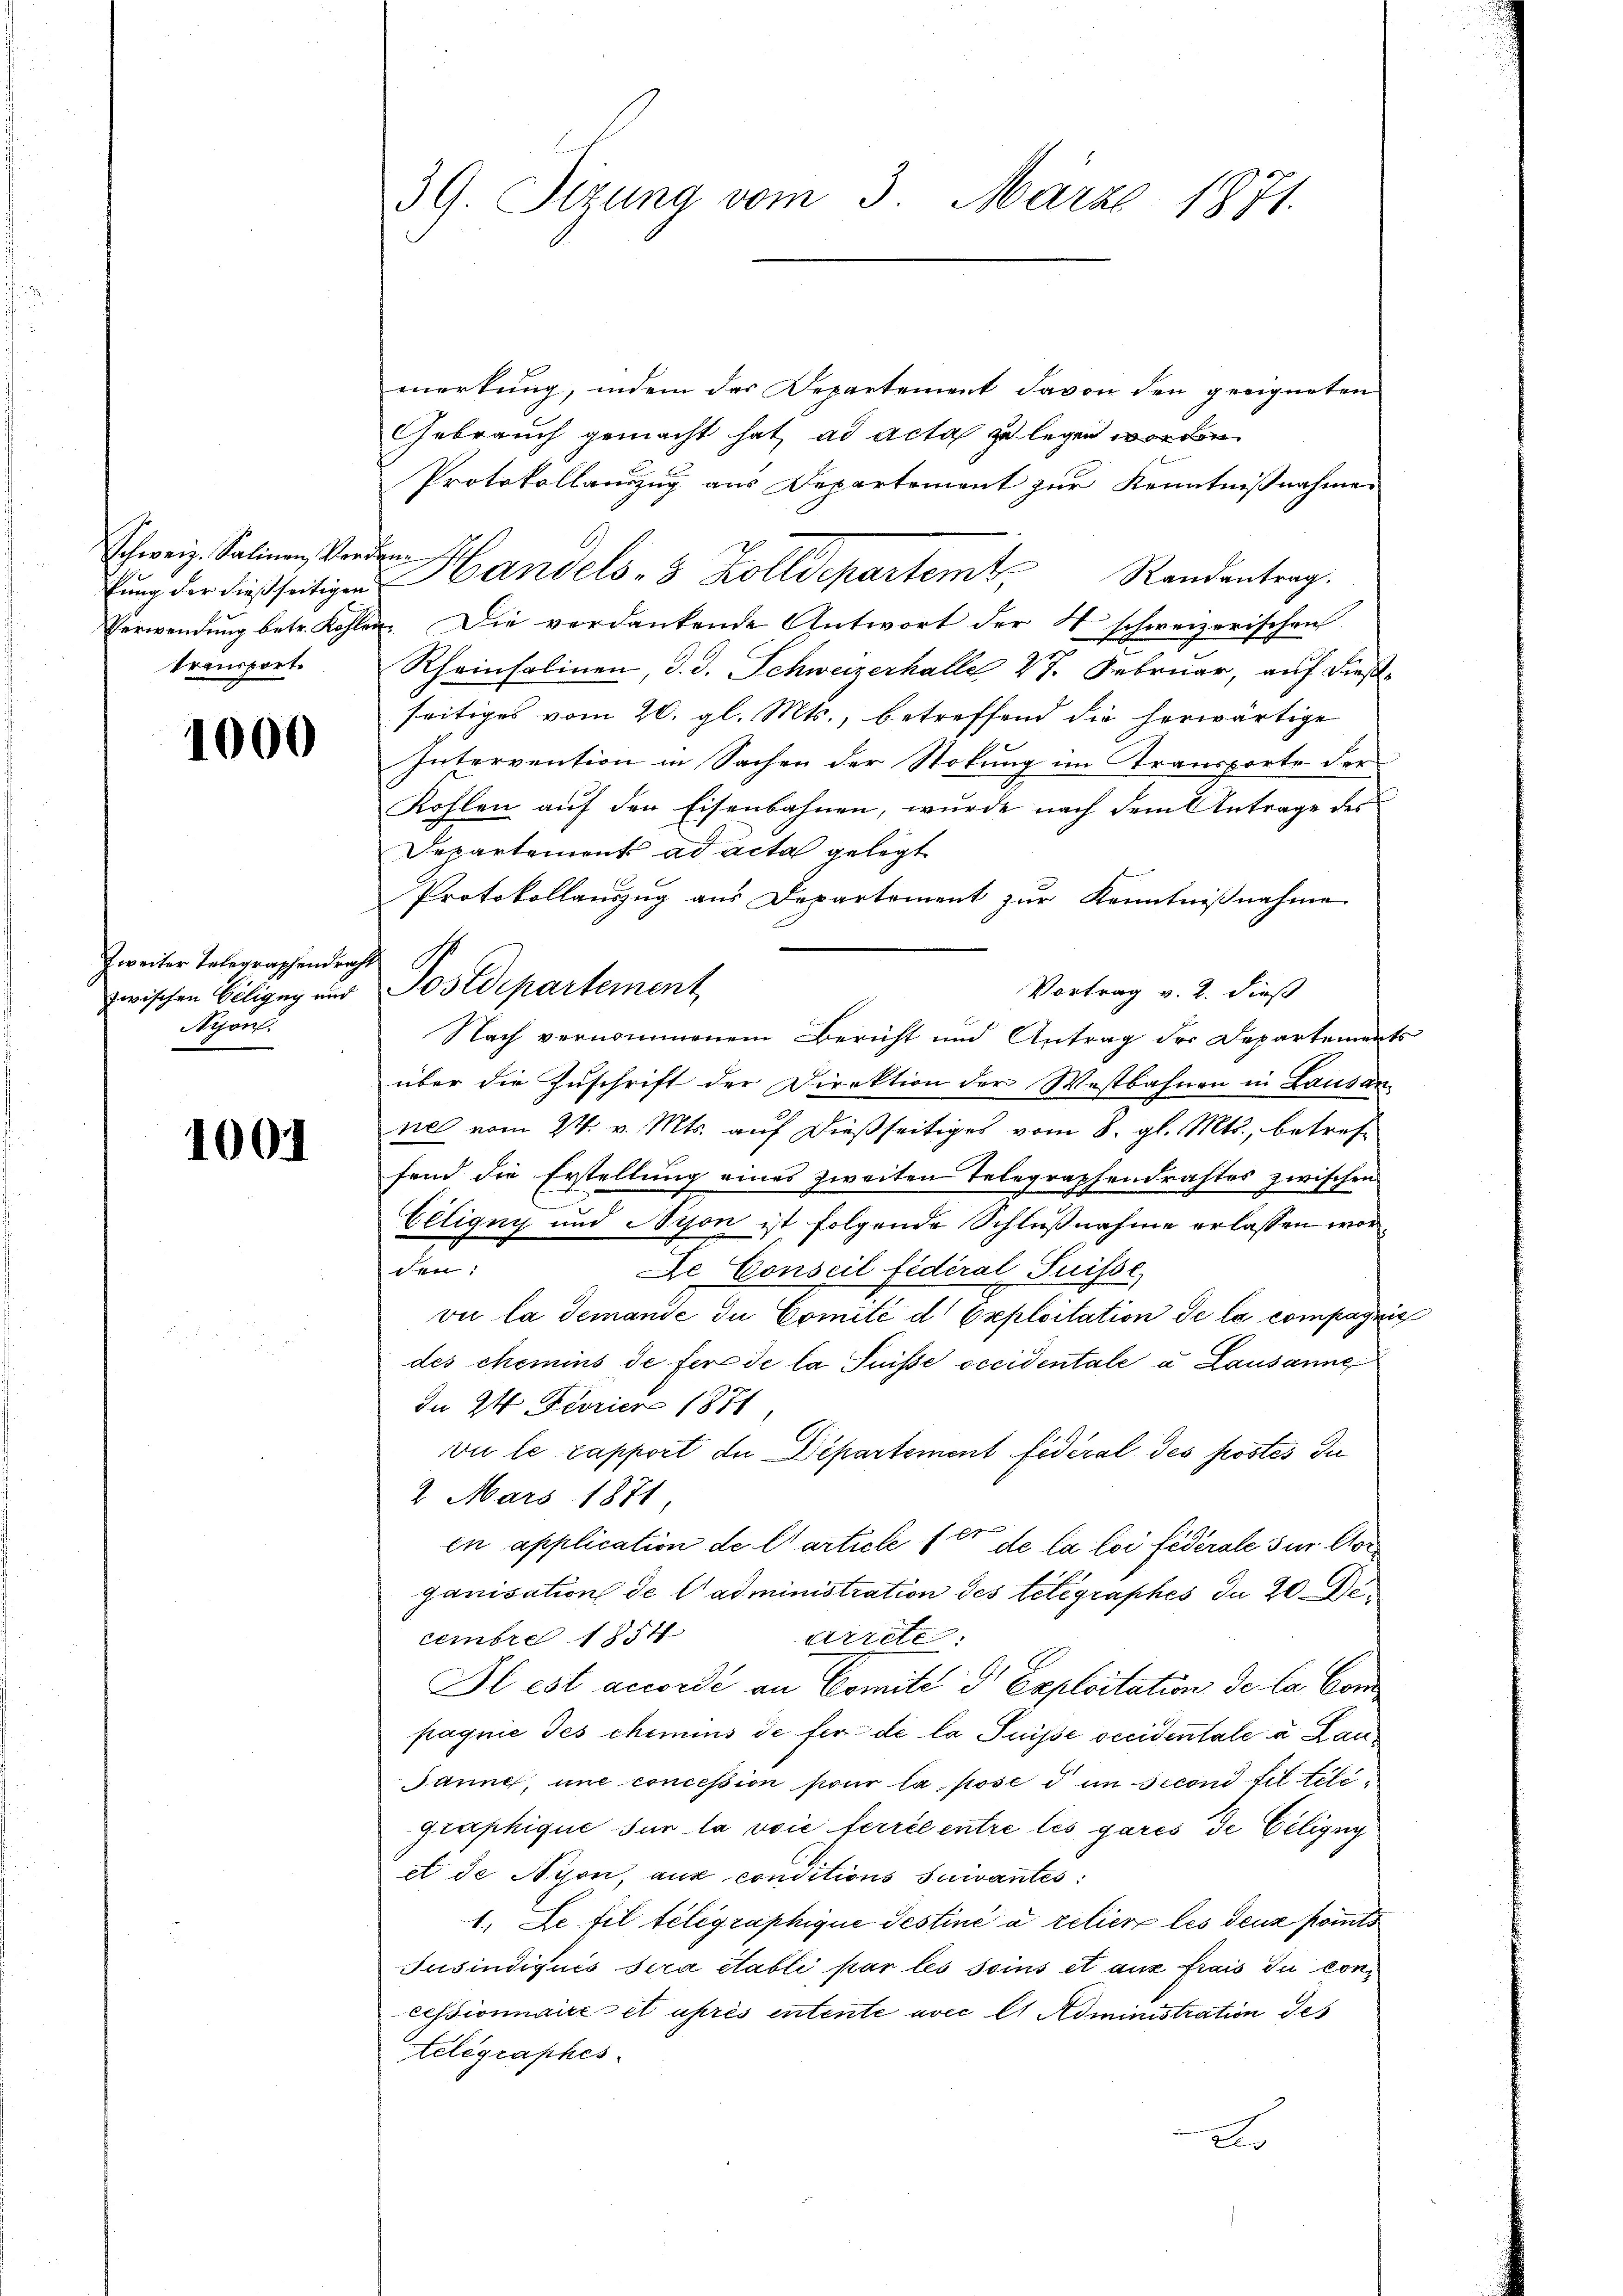
Schweiz. Salinen, Ver
kung der dießseitigen
transport

¬

1000

Zweiter Telegraphendra
zwischen Ciligug und
Nyon.

1001

39. Sizung vom 3. März 1871.

merkung, indem das Departement davon den geeigneten
Gebrauch gemacht hat, ad acta zu legen worden.
Protokollauszug aus Departement zur Kenntnißnahmen
Dr. Handels 3 Zolldepartemb. Randantrag.
Verwendung betr. Kohlen. Die verdankende Antwort der S. schweizerischen
Rheinsalinen, d. d. Schweizerhalle 47. Februar, auf dieß-
seitiges vom 20. gl. Mts., betreffend die herwärtige
Intervention in Sachen der Stokung im Transporte der
Kohlen auf den Eisenbahnen, wurde nach dem Antrage des
Departement ad acta gelegt
Protokollauszug aus Departement zur Kenntnißnahme
A
Postdepartement,
Vortrag v. 2. dieß
Nach vernommenem Bericht und Antrag der Departements
über die Zuschrift der Direktion der Westbahnen in Lausan
ne vom 24. v. Mts. auf dießseitiges vom 8. gl. Mts., betreffend die Erstellung eines zweiten Telegraphendrahtes zwischen
f
Eeligny und Nison ist folgende Schlußnahme erlassen worden:
De Conseil fédéral Suisse,
vie la demande du Comité d Exploitation de la compagnie
des chemins de fera de la Suisse occidentale a Lausanne
In 24. Ferier 1871,
vie le rapport die Departement fédéral des postés du
2. Mars 1871
en application de l’article 1er de la loi fédérale zur Arganisation de l’administration des telegraphes da 20. Di
cembre 1814
arrete.
Il est accordé an Comité d Exploitation de la Con
pagnie des chemins de für de la Puisse occidentale u Lau¬
Janne, une concession pour la pose d im second fil tiligraphique sur la voie ferrée entre les gares de Ciligny
et de Nyon, aus conditions suivantes:
1. Le fil telegraphique Testiné à relier les deuz Points
Jusindiqués sera etabli par les soins et aus frais du concessionnaire et après entente avec et Administration des
Felegraphes
Der